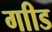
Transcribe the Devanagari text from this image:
गाीड